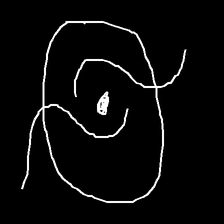
Glyph: repetition